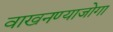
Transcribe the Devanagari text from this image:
वाखनण्याजोगा